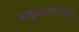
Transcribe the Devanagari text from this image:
बाह्यमथान्तरम्